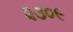
૨૩૦૯